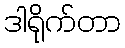
ဒါရိုက်တာ